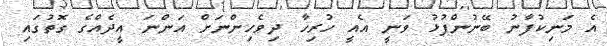
އެ މަނިކުފާނު ބޭނުންފުޅު ވަނީ އެއީ ހުރިހާ ދިވެހިންނަށް އަންނަ އީދެއްގެ ގޮތުގައި